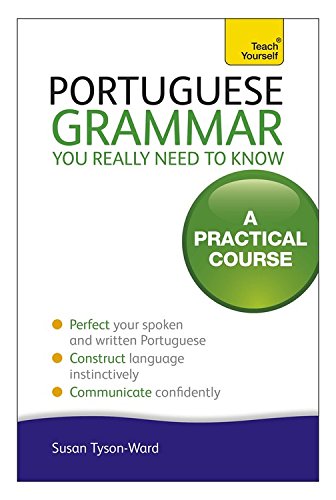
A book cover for Portuguese Grammar You Really Need To Know (Teach Yourself Language); Sue Tyson-Ward; Travel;